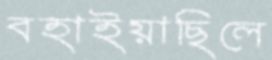
বহাইয়াছিলে